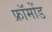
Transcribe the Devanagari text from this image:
फ्रॉमोंड